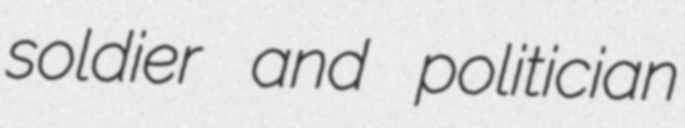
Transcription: soldier and politician